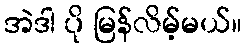
အဲဒါ ပို မြန်လိမ့်မယ်။